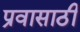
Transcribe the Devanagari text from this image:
प्रवासाठी